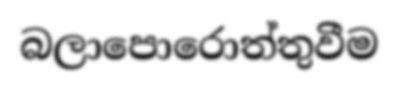
බලාපොරොත්තුවීම